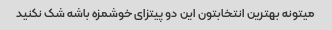
میتونه بهترین انتخابتون این دو پیتزای خوشمزه باشه شک نکنید